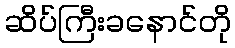
ဆိပ်ကြီးခနောင်တို